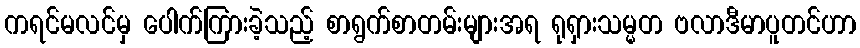
ကရင်မလင်မှ ပေါက်ကြားခဲ့သည့် စာရွက်စာတမ်းများအရ ရုရှားသမ္မတ ဗလာဒီမာပူတင်ဟာ